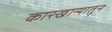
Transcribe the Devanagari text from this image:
कारखान्यातुन